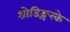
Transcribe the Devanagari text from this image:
श्रोडिङ्गरके